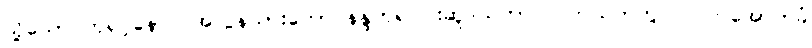
သို့သော် ဘုရင့်နောင် အလွန်သားတော် နန္ဒဘုရင်ငါးဆူဒယကာ လက်ထက်တွင် လက်အောက်ခံ